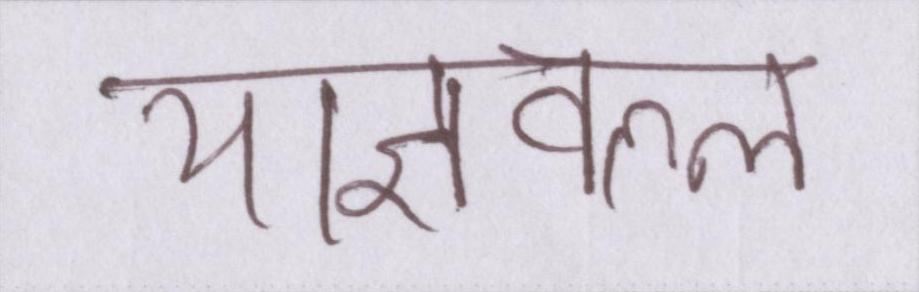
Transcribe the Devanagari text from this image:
याज्ञवल्ल